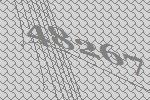
48267